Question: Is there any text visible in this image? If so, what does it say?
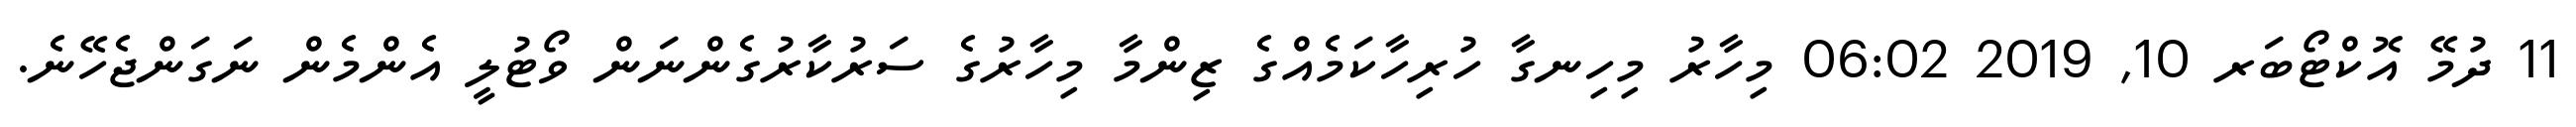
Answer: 11 ދުމޭ އޮކްޓޯބަރ 10, 2019 06:02 މިހާރު މިހިނގާ ހުރިހާކަމެއްގެ ޒިންމާ މިހާރުގެ ސަރުކާރުގެންނަން ވޯޓުލީ އެންމެން ނަގަންޖެހޭނެ.